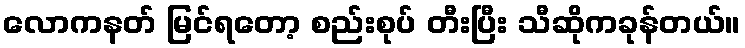
လောကနတ် မြင်ရတော့ စည်းစုပ် တီးပြီး သီဆိုကခုန်တယ်။